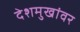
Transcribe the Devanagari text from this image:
देशमुखांवर